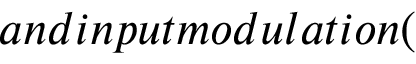
a n d i n p u t m o d u l a t i o n (